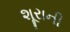
શૂરાની